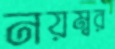
নয়ম্বর